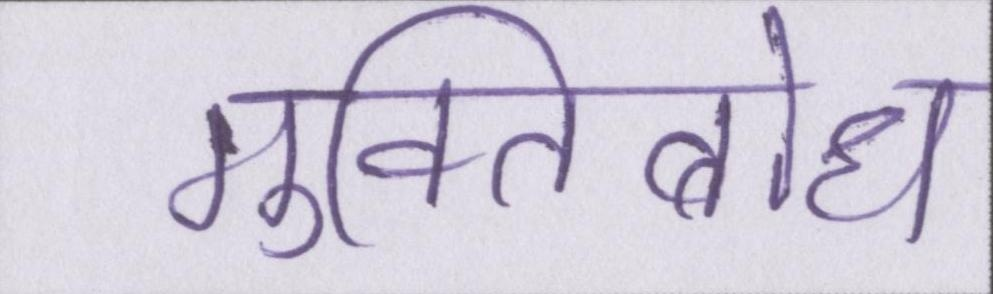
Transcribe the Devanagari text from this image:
मुक्तिबोध